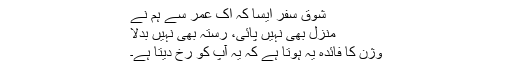
شوق سفر ایسا کہ اک عمر سے ہم نے
منزل بھی نہیں پائی، رستہ بھی نہیں بدلا
وژن کا فائدہ یہ ہوتا ہے کہ یہ آپ کو رُخ دیتا ہے۔